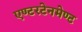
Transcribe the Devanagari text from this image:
एण्टरटेनमेण्ट